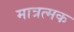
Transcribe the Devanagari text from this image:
मात्रत्मक